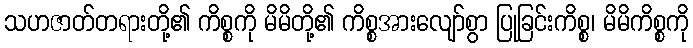
သဟဇာတ်တရားတို့၏ ကိစ္စကို မိမိတို့၏ ကိစ္စအားလျော်စွာ ပြုခြင်းကိစ္စ၊ မိမိကိစ္စကို